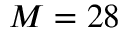
M = 2 8